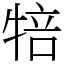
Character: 犃